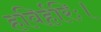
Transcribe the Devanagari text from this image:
हविर्हरिः।